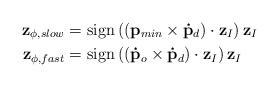
LaTeX: \begin{align*}\mathbf{z}_{\phi,slow} &= \mathrm{sign}\left(\left(\mathbf{p}_{min} \times \mathbf{\dot{p}}_d\right) \cdot \mathbf{z}_I\right) \mathbf{z}_I \\\mathbf{z}_{\phi,fast} &= \mathrm{sign}\left((\mathbf{\dot{p}}_o \times \mathbf{\dot{p}}_d) \cdot \mathbf{z}_I\right) \mathbf{z}_I \end{align*}